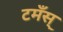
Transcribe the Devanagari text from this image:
टमँस्